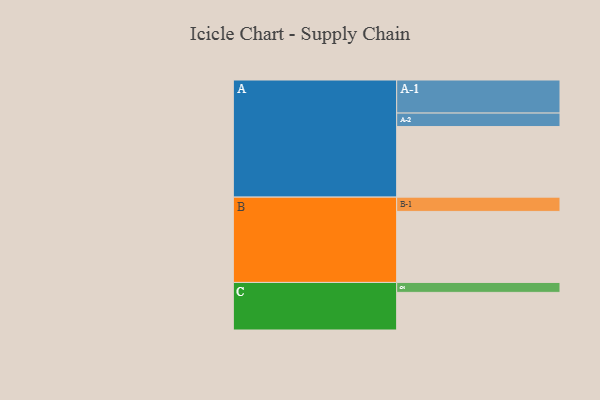
{"axis": {"x": "Segment", "y": "Value"}, "legend": ["", "A", "B", "C"], "data": [{"x": "A", "y": 574, "type": ""}, {"x": "B", "y": 578, "type": ""}, {"x": "C", "y": 306, "type": ""}, {"x": "A-1", "y": 269, "type": "A"}, {"x": "A-2", "y": 110, "type": "A"}, {"x": "B-1", "y": 116, "type": "B"}, {"x": "C-1", "y": 81, "type": "C"}]}